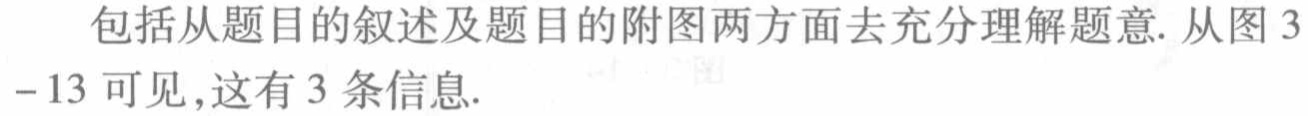
包括从题目的叙述及题目的附图两方面去充分理解题意. 从图 3
- 13 可见,这有 3 条信息.